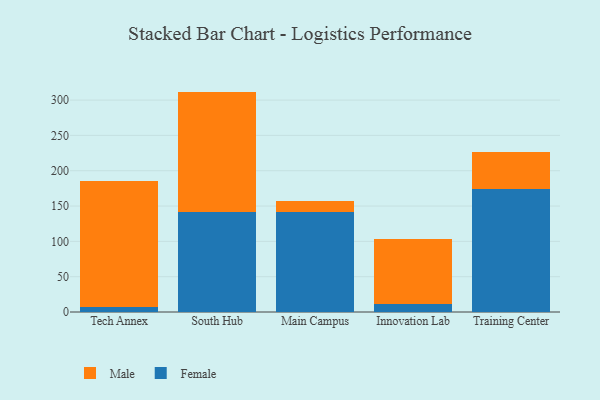
{"axis": {"x": "Campus", "y": "Backlog"}, "legend": ["Female", "Male"], "data": [{"x": "Tech Annex", "y": 7.1, "type": "Female"}, {"x": "Tech Annex", "y": 178.9, "type": "Male"}, {"x": "South Hub", "y": 141.2, "type": "Female"}, {"x": "South Hub", "y": 170.8, "type": "Male"}, {"x": "Main Campus", "y": 141.8, "type": "Female"}, {"x": "Main Campus", "y": 14.9, "type": "Male"}, {"x": "Innovation Lab", "y": 11.6, "type": "Female"}, {"x": "Innovation Lab", "y": 92.0, "type": "Male"}, {"x": "Training Center", "y": 173.9, "type": "Female"}, {"x": "Training Center", "y": 52.6, "type": "Male"}]}